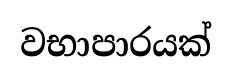
වභාපාරයක්